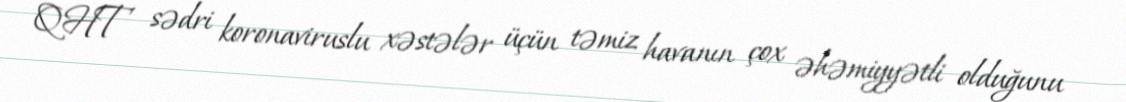
QHT sədri koronaviruslu xəstələr üçün təmiz havanın çox əhəmiyyətli olduğunu